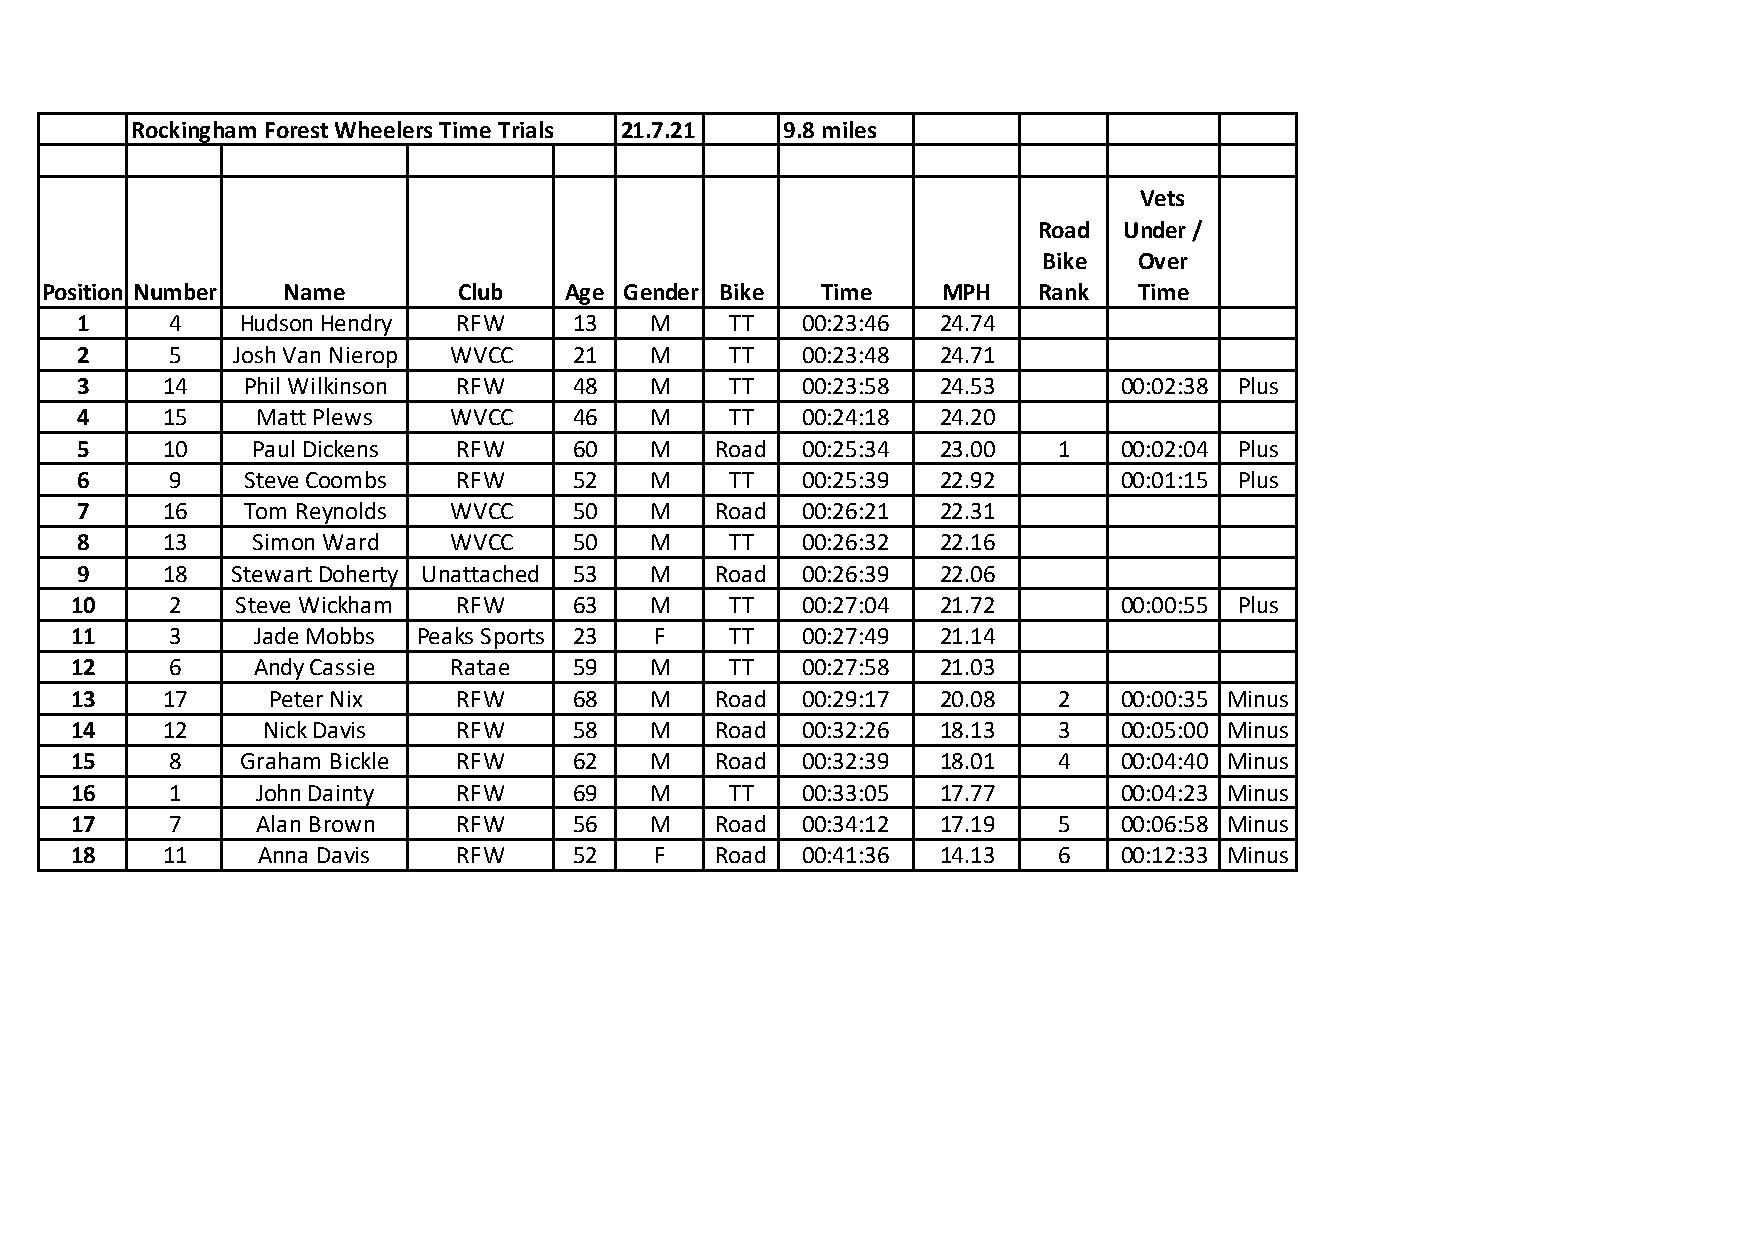
Rockingham Forest Wheelers Time Trials 21.7.21 9.8 miles
 Vets
 Road Under /
 Bike  Over
 Position Number Name       Club   Age Gender Bike  Time    MPH    Rank  Time
 1     4    Hudson Hendry RFW     13   M    TT   00:23:46 24.74
 2     5   Josh Van Nierop WVCC   21   M    TT   00:23:48 24.71
 3     14   Phil Wilkinson RFW    48   M    TT   00:23:58 24.53       00:02:38 Plus
 4     15    Matt Plews   WVCC    46   M    TT   00:24:18 24.20
 5     10    Paul Dickens RFW     60   M   Road  00:25:34 23.00   1   00:02:04 Plus
 6     9    Steve Coombs  RFW     52   M    TT   00:25:39 22.92       00:01:15 Plus
 7     16   Tom Reynolds  WVCC    50   M   Road  00:26:21 22.31
 8     13    Simon Ward   WVCC    50   M    TT   00:26:32 22.16
 9     18  Stewart Doherty Unattached 53 M Road  00:26:39 22.06
 10    2    Steve Wickham RFW     63   M    TT   00:27:04 21.72       00:00:55 Plus
 11    3     Jade Mobbs Peaks Sports 23 F   TT   00:27:49 21.14
 12    6     Andy Cassie  Ratae   59   M    TT   00:27:58 21.03
 13    17     Peter Nix   RFW     68   M   Road  00:29:17 20.08   2   00:00:35 Minus
 14    12    Nick Davis   RFW     58   M   Road  00:32:26 18.13   3   00:05:00 Minus
 15    8    Graham Bickle RFW     62   M   Road  00:32:39 18.01   4   00:04:40 Minus
 16    1     John Dainty  RFW     69   M    TT   00:33:05 17.77       00:04:23 Minus
 17    7     Alan Brown   RFW     56   M   Road  00:34:12 17.19   5   00:06:58 Minus
 18    11    Anna Davis   RFW     52   F   Road  00:41:36 14.13   6   00:12:33 Minus